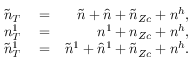
\begin{array} { r l r } { \tilde { n } _ { T } } & { { } = } & { \tilde { n } + \hat { n } + \tilde { n } _ { Z c } + n ^ { h } , } \\ { n _ { T } ^ { 1 } } & { { } = } & { n ^ { 1 } + n _ { Z c } + n ^ { h } , } \\ { \tilde { n } _ { T } ^ { 1 } } & { { } = } & { \tilde { n } ^ { 1 } + \hat { n } ^ { 1 } + \tilde { n } _ { Z c } + n ^ { h } . } \end{array}